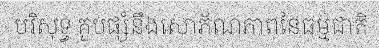
បរិសុទ្ធ គួបផ្សំនឹងសោភ័ណភាពនៃធម្មជាតិ